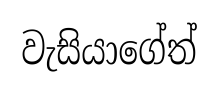
වැසියාගේත්